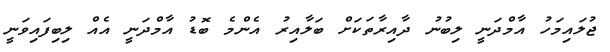
ޖުލައިމަހު އާމްދަނީ ލިބުނު ދާއިރާތަކަށް ބަލާއިރު އެންމެ ބޮޑު އާމްދަނީ އެއް ލިބިފައިވަނީ